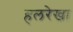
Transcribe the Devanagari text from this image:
हलरेखा